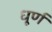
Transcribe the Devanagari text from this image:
धूर्ण